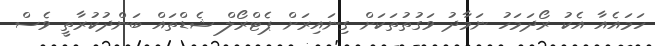
ހަމައެއާ އެކު ރޯދަމަހު ނަމާދު ވަގުތުތަކަށް ގިނައިރަށް ޕެޓްރޯލް ޝެޑްތައް ބަންދުކުރާތީ ވެސް